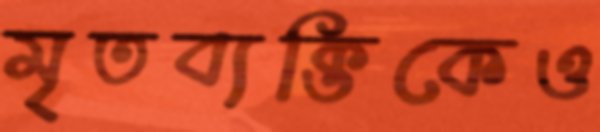
মৃতব্যক্তিকেও